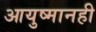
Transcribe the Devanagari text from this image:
आयुष्मानही